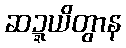
ဆဍ္ဍယိတွာန